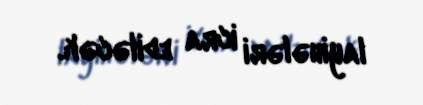
layihələri icra ediləcək.